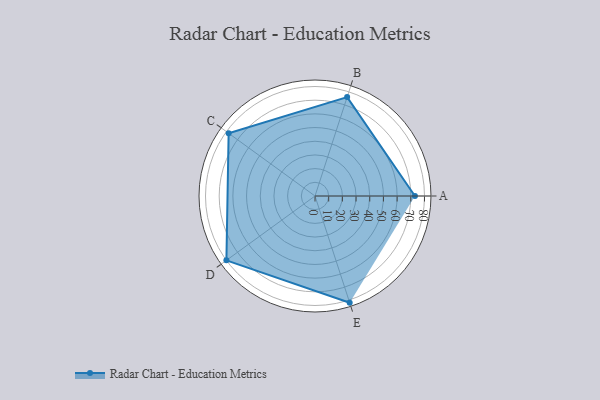
{"axis": {"x": "Skill", "y": "Score"}, "legend": ["Profile"], "data": [{"x": "A", "y": 73.0, "type": "Profile"}, {"x": "B", "y": 76.0, "type": "Profile"}, {"x": "C", "y": 78.0, "type": "Profile"}, {"x": "D", "y": 80.0, "type": "Profile"}, {"x": "E", "y": 82.0, "type": "Profile"}]}